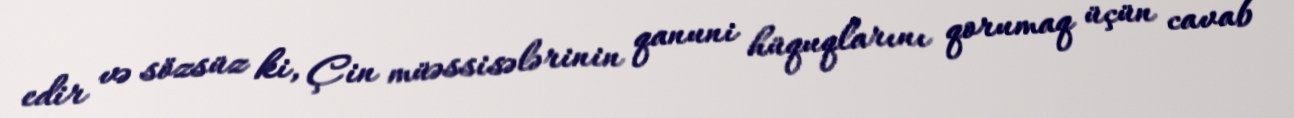
edir və sözsüz ki, Çin müəssisələrinin qanuni hüquqlarını qorumaq üçün cavab